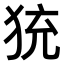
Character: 𤞀